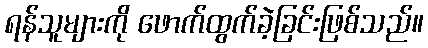
ရန်သူများကို ဖောက်ထွက်ခဲ့ခြင်းဖြစ်သည်။